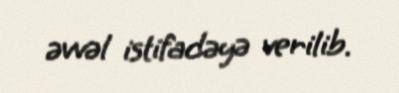
əvvəl istifadəyə verilib.